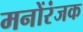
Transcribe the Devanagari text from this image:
मनोंरंजक